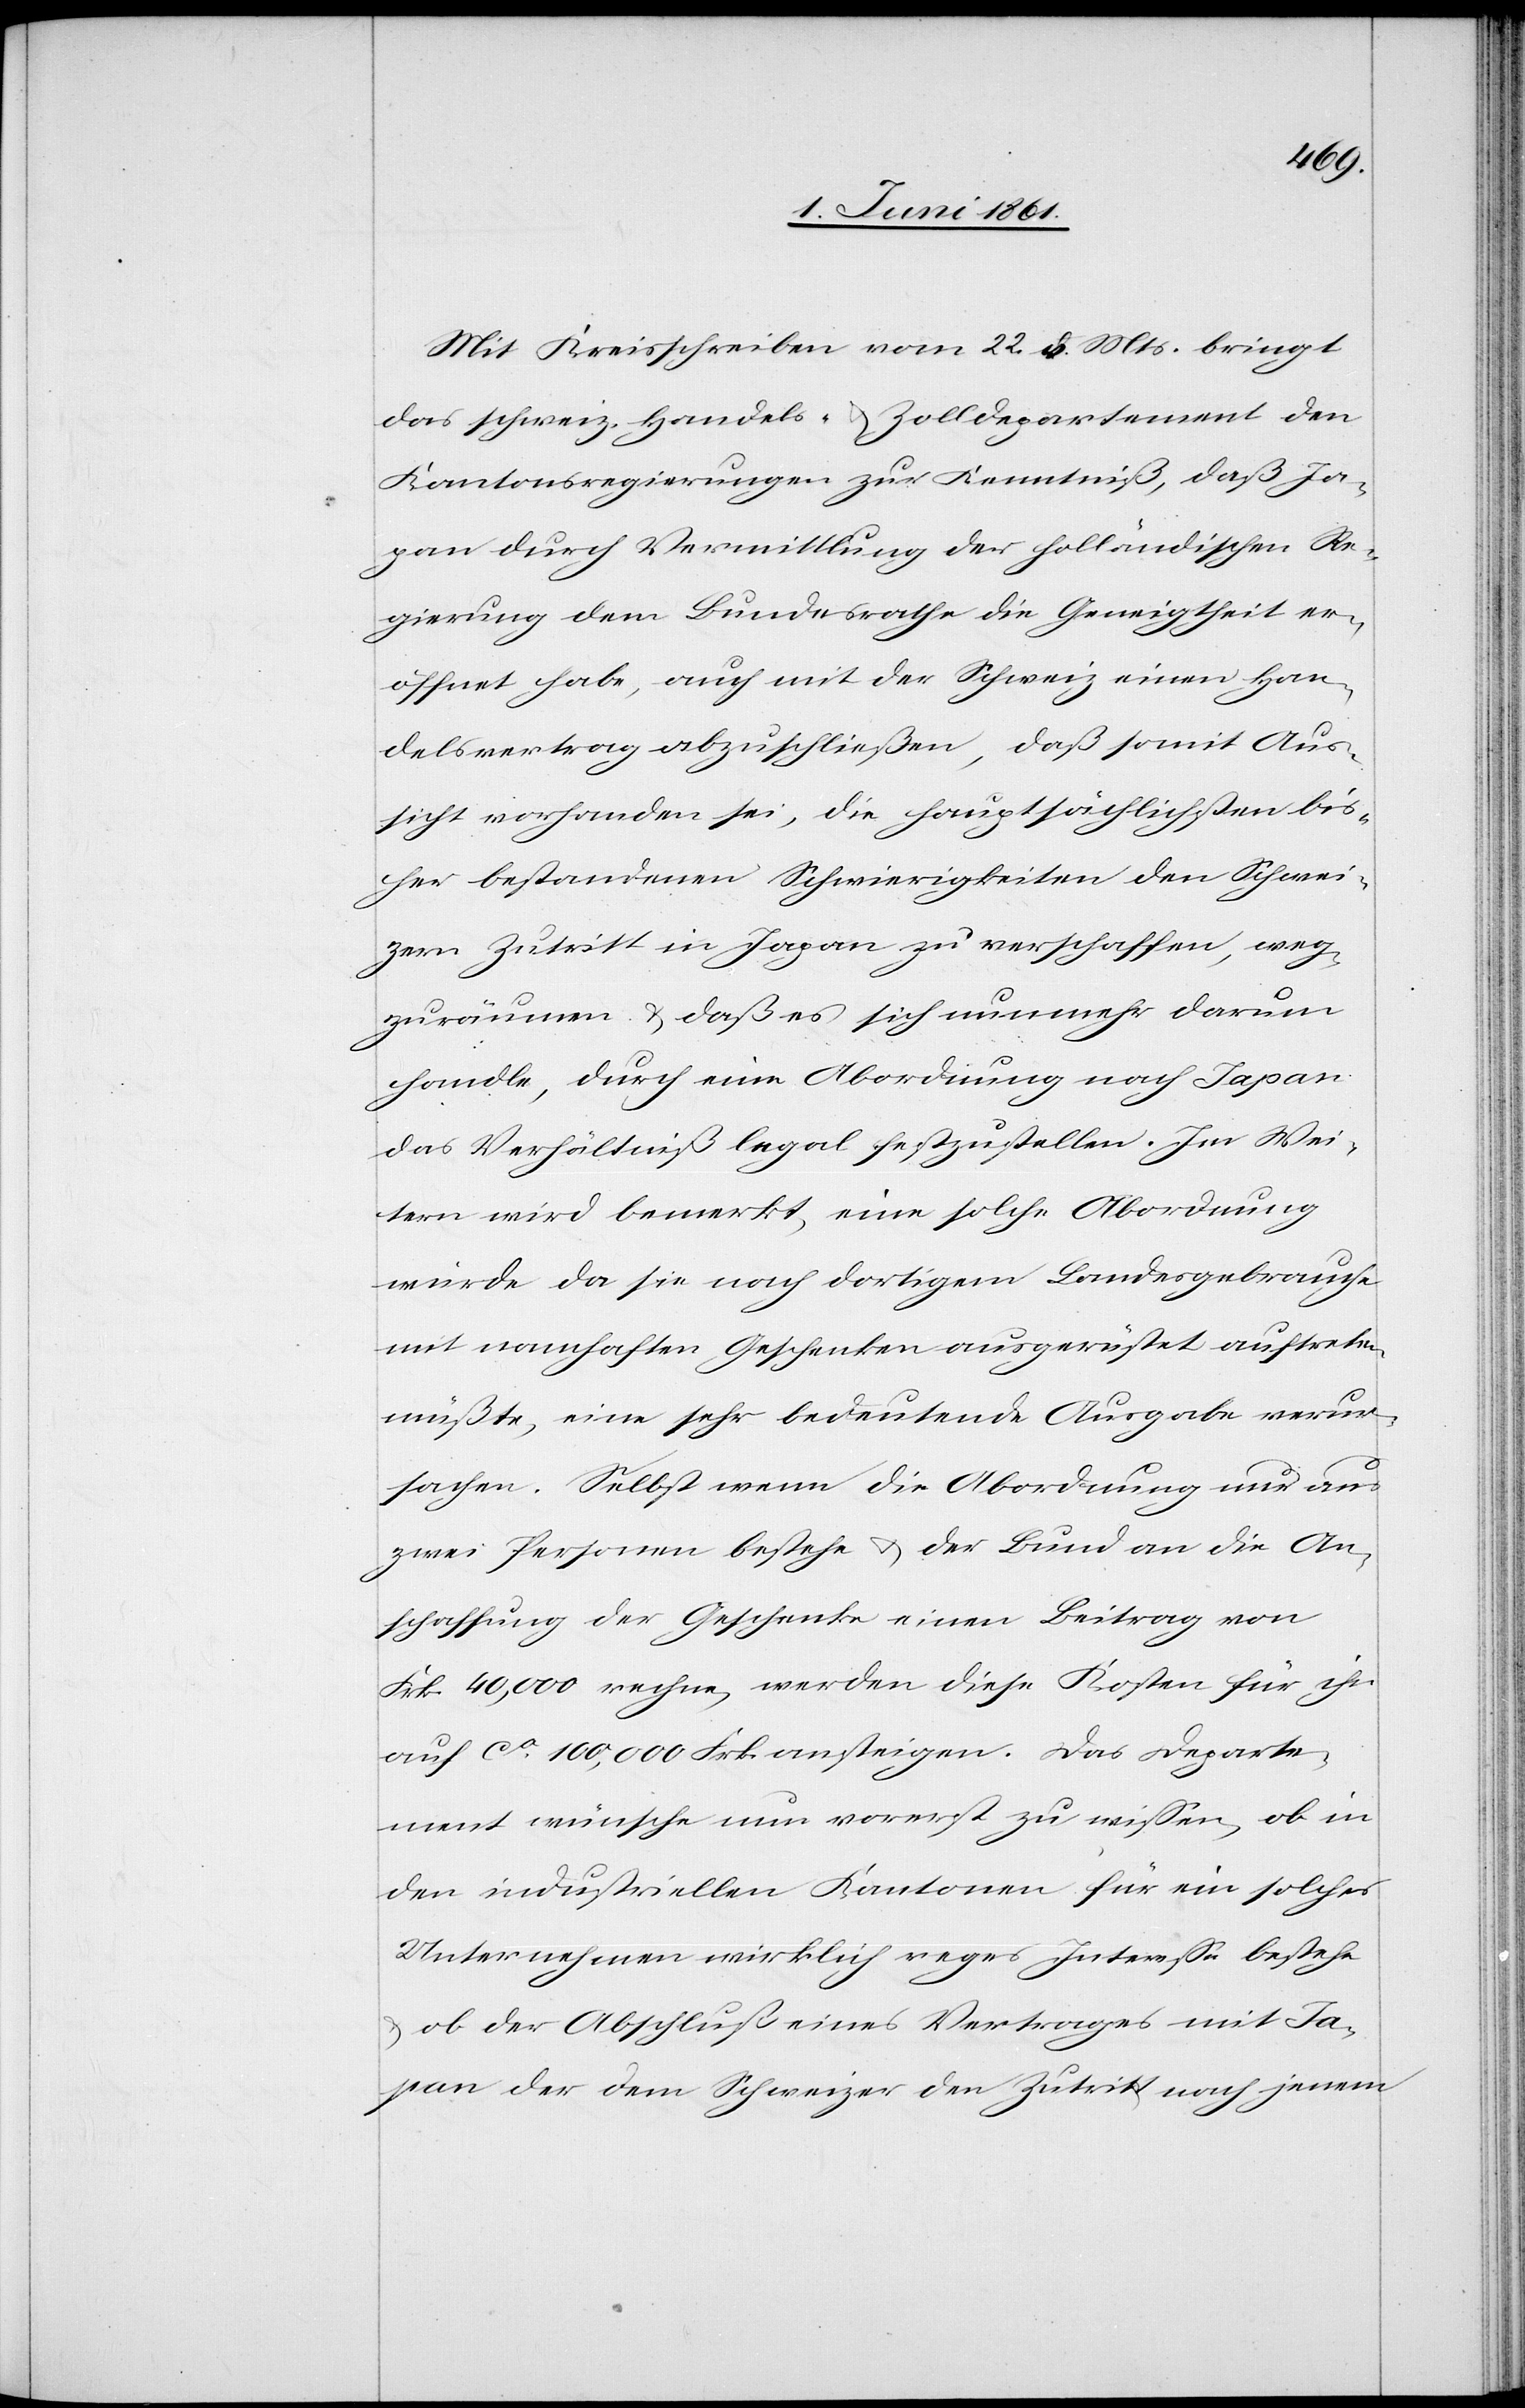
Mit Kreisschreiben vom 22. d. Mts. bringt
das schweiz. Handels- u. Zolldepartement den
Kantonsregierungen zur Kenntniß, daß Ja¬
pan durch Vermittlung der holländischen Re¬
gierung dem Bundesrathe die Geneigtheit er¬
öffnet habe, auch mit der Schweiz einen Han¬
delsvertrag abzuschließen, daß somit Aus¬
sicht vorhanden sei, die hauptsächlichsten bis¬
her bestandenen Schwierigkeiten den Schwei¬
zern Zutritt in Japan zu verschaffen, weg¬
zuräumen u. daß es sich nunmehr darum
handle, durch eine Abordnung nach Japan
das Verhältniß legal festzustellen. Im Wei¬
tern wird bemerkt, eine solche Abordnung
würde, da sie nach dortigem Landesgebrauche
mit namhaften Geschenken ausgerüstet auftreten
müßte, eine sehr bedeutende Ausgabe verur¬
sachen. Selbst wenn die Abordnung nur aus
zwei Personen bestehe u. der Bund an die An¬
schaffung der Geschenke einen Beitrag von
Frk. 40,000 rechen, werden diese Kosten für ihn
auf ca 100,000 Frk. ansteigen. Das Departe¬
ment wünsche nun vorerst zu wissen, ob in
den industriellen Kantonen für ein solches
Unternehmen wirklich reges Interesse bestehe
ob der Abschluß eines Vertrages mit Ja¬
pan der dem Schweizer den Zutritt nach jenem